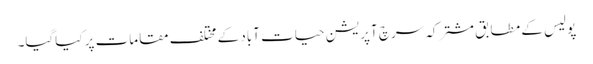
پولیس کے مطابق مشترکہ سرچ آپریشن حیات آباد کے مختلف مقامات پر کیاگیا۔